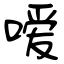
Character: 嗳